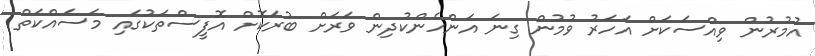
އުމުރުން ވިއްސަކަށް އަހަރު ވުމުން ގިނަ އަންހެންކުދިން ވަރަށް ބުރަކޮށް އޮފީސްތަކުގައި މަސައްކަތް